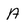
Character: A